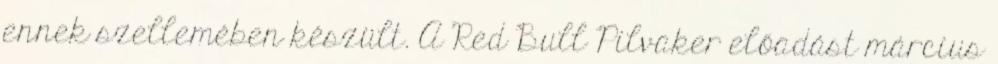
ennek szellemében készült. A Red Bull Pilvaker előadást március